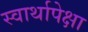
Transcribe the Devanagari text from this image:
स्वार्थापेक्षा